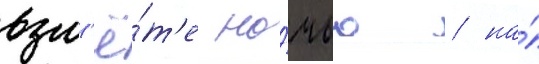
взл'ё́т'е но́чью / на́